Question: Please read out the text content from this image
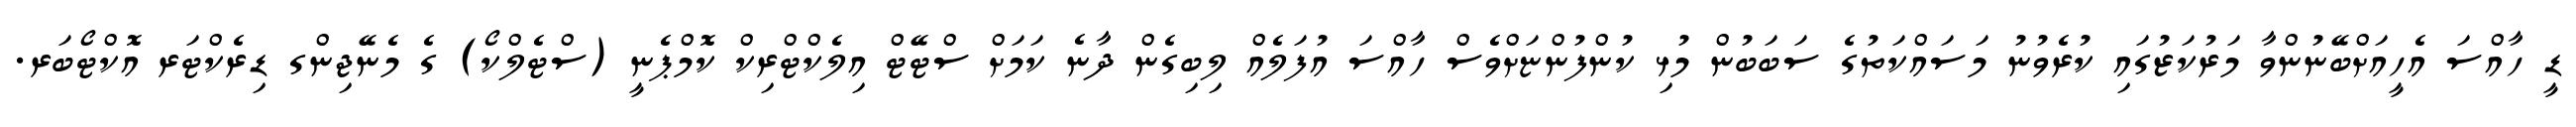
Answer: ޑީ ހާއްސަ އެހީއަށްބޭނުންވާ މަރުކަޒުގައި ކުރެވުނު މަސައްކަތުގެ ސަބަބުން މުޅި ކުންފުންޏަށްވެސް ހާއްސަ އުފަލެއް ލިބިގެން ދާނެ ކަމަށް ސްޓޭޓް އިލެކްޓްރިކް ކޮމްޕެނީ (ސްޓެލްކޯ) ގެ މެނޭޖިންގ ޑިރެކްޓަރ އޮކްޓޯބަރ.